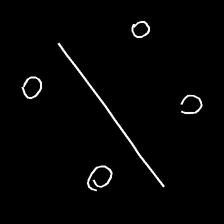
Glyph: cool